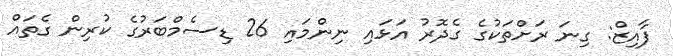
ފާއިޒް: ގިނަ ރަށްތަކުގެ ގެދޮރު އަޅައި ނިންމައި 26 ޑިސެމްބަރުގެ ކުރިން ގެތައް